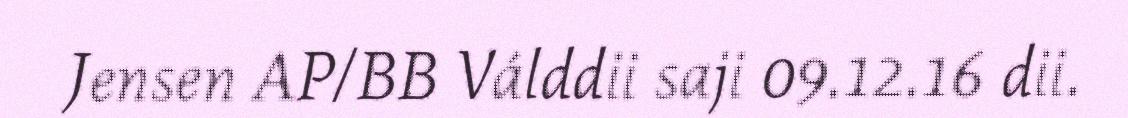
Jensen AP/BB Válddii saji 09.12.16 dii.